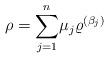
LaTeX: \begin{align*}\rho =\overset{n}{\sum\limits_{j=1}}\mu _{j}\varrho ^{(\beta _{j})}\end{align*}